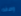
وصفه